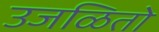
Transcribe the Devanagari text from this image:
उजळितो